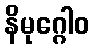
နိမုဂ္ဂေါဝ